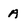
Character: A